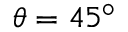
\theta = 4 5 ^ { \circ }